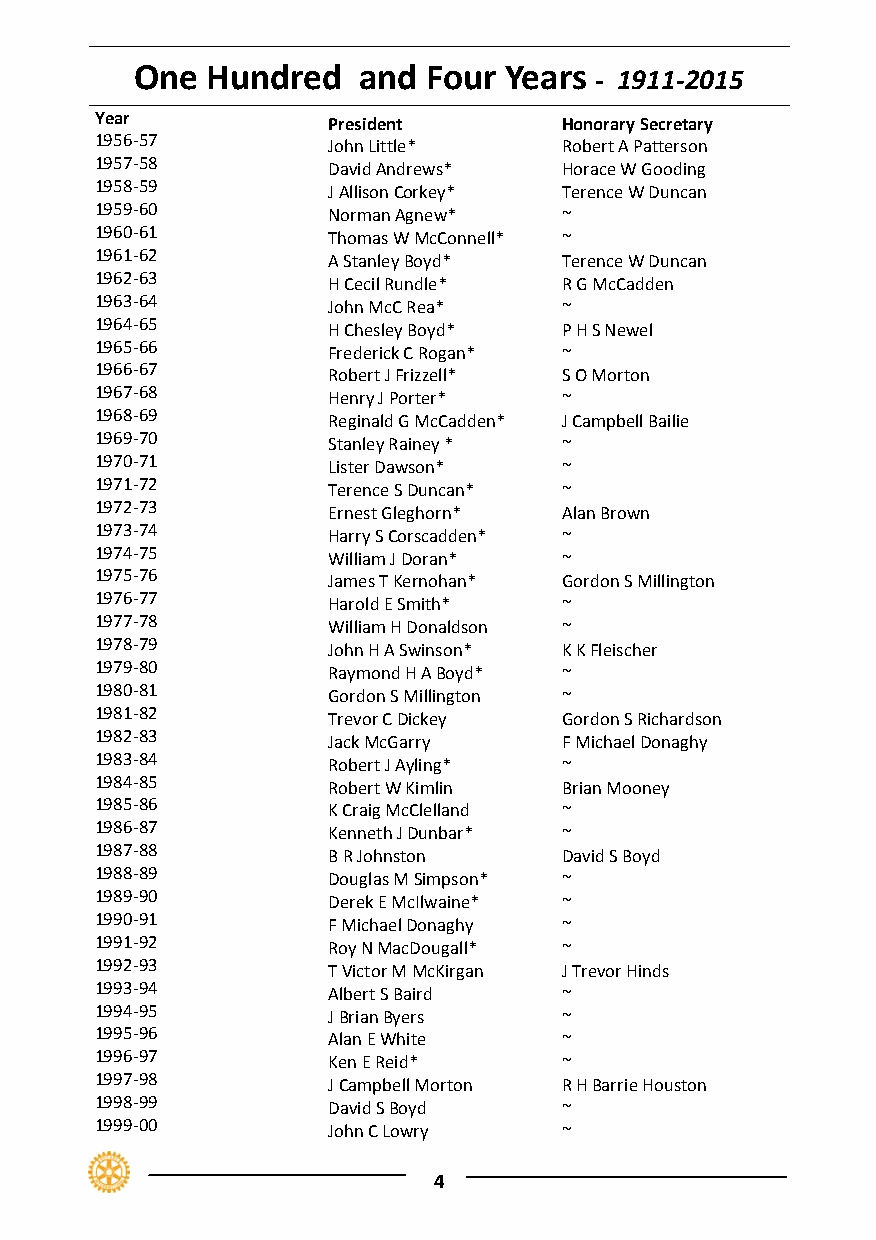
One  Hundred   and Four Years
 ‐ 1911‐2015
 Year            President      Honorary Secretary
 1956‐57         John Little*   Robert A Patterson
 1957‐58         David Andrews* Horace W Gooding
 1958‐59         J Allison Corkey* Terence W Duncan
 1959‐60         Norman Agnew*  ~
 1960‐61         Thomas W McConnell* ~
 1961‐62         A Stanley Boyd* Terence W Duncan
 1962‐63         H Cecil Rundle* R G McCadden
 1963‐64         John McC Rea*  ~
 1964‐65         H Chesley Boyd* P H S Newel
 1965‐66         Frederick C Rogan* ~
 1966‐67         Robert J Frizzell* S O Morton
 1967‐68         Henry J Porter* ~
 1968‐69         Reginald G McCadden* J Campbell Bailie
 1969‐70         Stanley Rainey * ~
 1970‐71         Lister Dawson* ~
 1971‐72         Terence S Duncan* ~
 1972‐73         Ernest Gleghorn* Alan Brown
 1973‐74         Harry S Corscadden* ~
 1974‐75         William J Doran* ~
 1975‐76         James T Kernohan* Gordon S Millington
 1976‐77         Harold E Smith* ~
 1977‐78         William H Donaldson ~
 1978‐79         John H A Swinson* K K Fleischer
 1979‐80         Raymond H A Boyd* ~
 1980‐81         Gordon S Millington ~
 1981‐82         Trevor C Dickey Gordon S Richardson
 1982‐83         Jack McGarry   F Michael Donaghy
 1983‐84         Robert J Ayling* ~
 1984‐85         Robert W Kimlin Brian Mooney
 1985‐86         K Craig McClelland ~
 1986‐87         Kenneth J Dunbar* ~
 1987‐88         B R Johnston   David S Boyd
 1988‐89         Douglas M Simpson* ~
 1989‐90         Derek E McIlwaine* ~
 1990‐91         F Michael Donaghy ~
 1991‐92         Roy N MacDougall* ~
 1992‐93         T Victor M McKirgan J Trevor Hinds
 1993‐94         Albert S Baird ~
 1994‐95         J Brian Byers  ~
 1995‐96         Alan E White   ~
 1996‐97         Ken E Reid*    ~
 1997‐98         J Campbell Morton R H Barrie Houston
 1998‐99         David S Boyd   ~
 1999‐00         John C Lowry   ~
 4